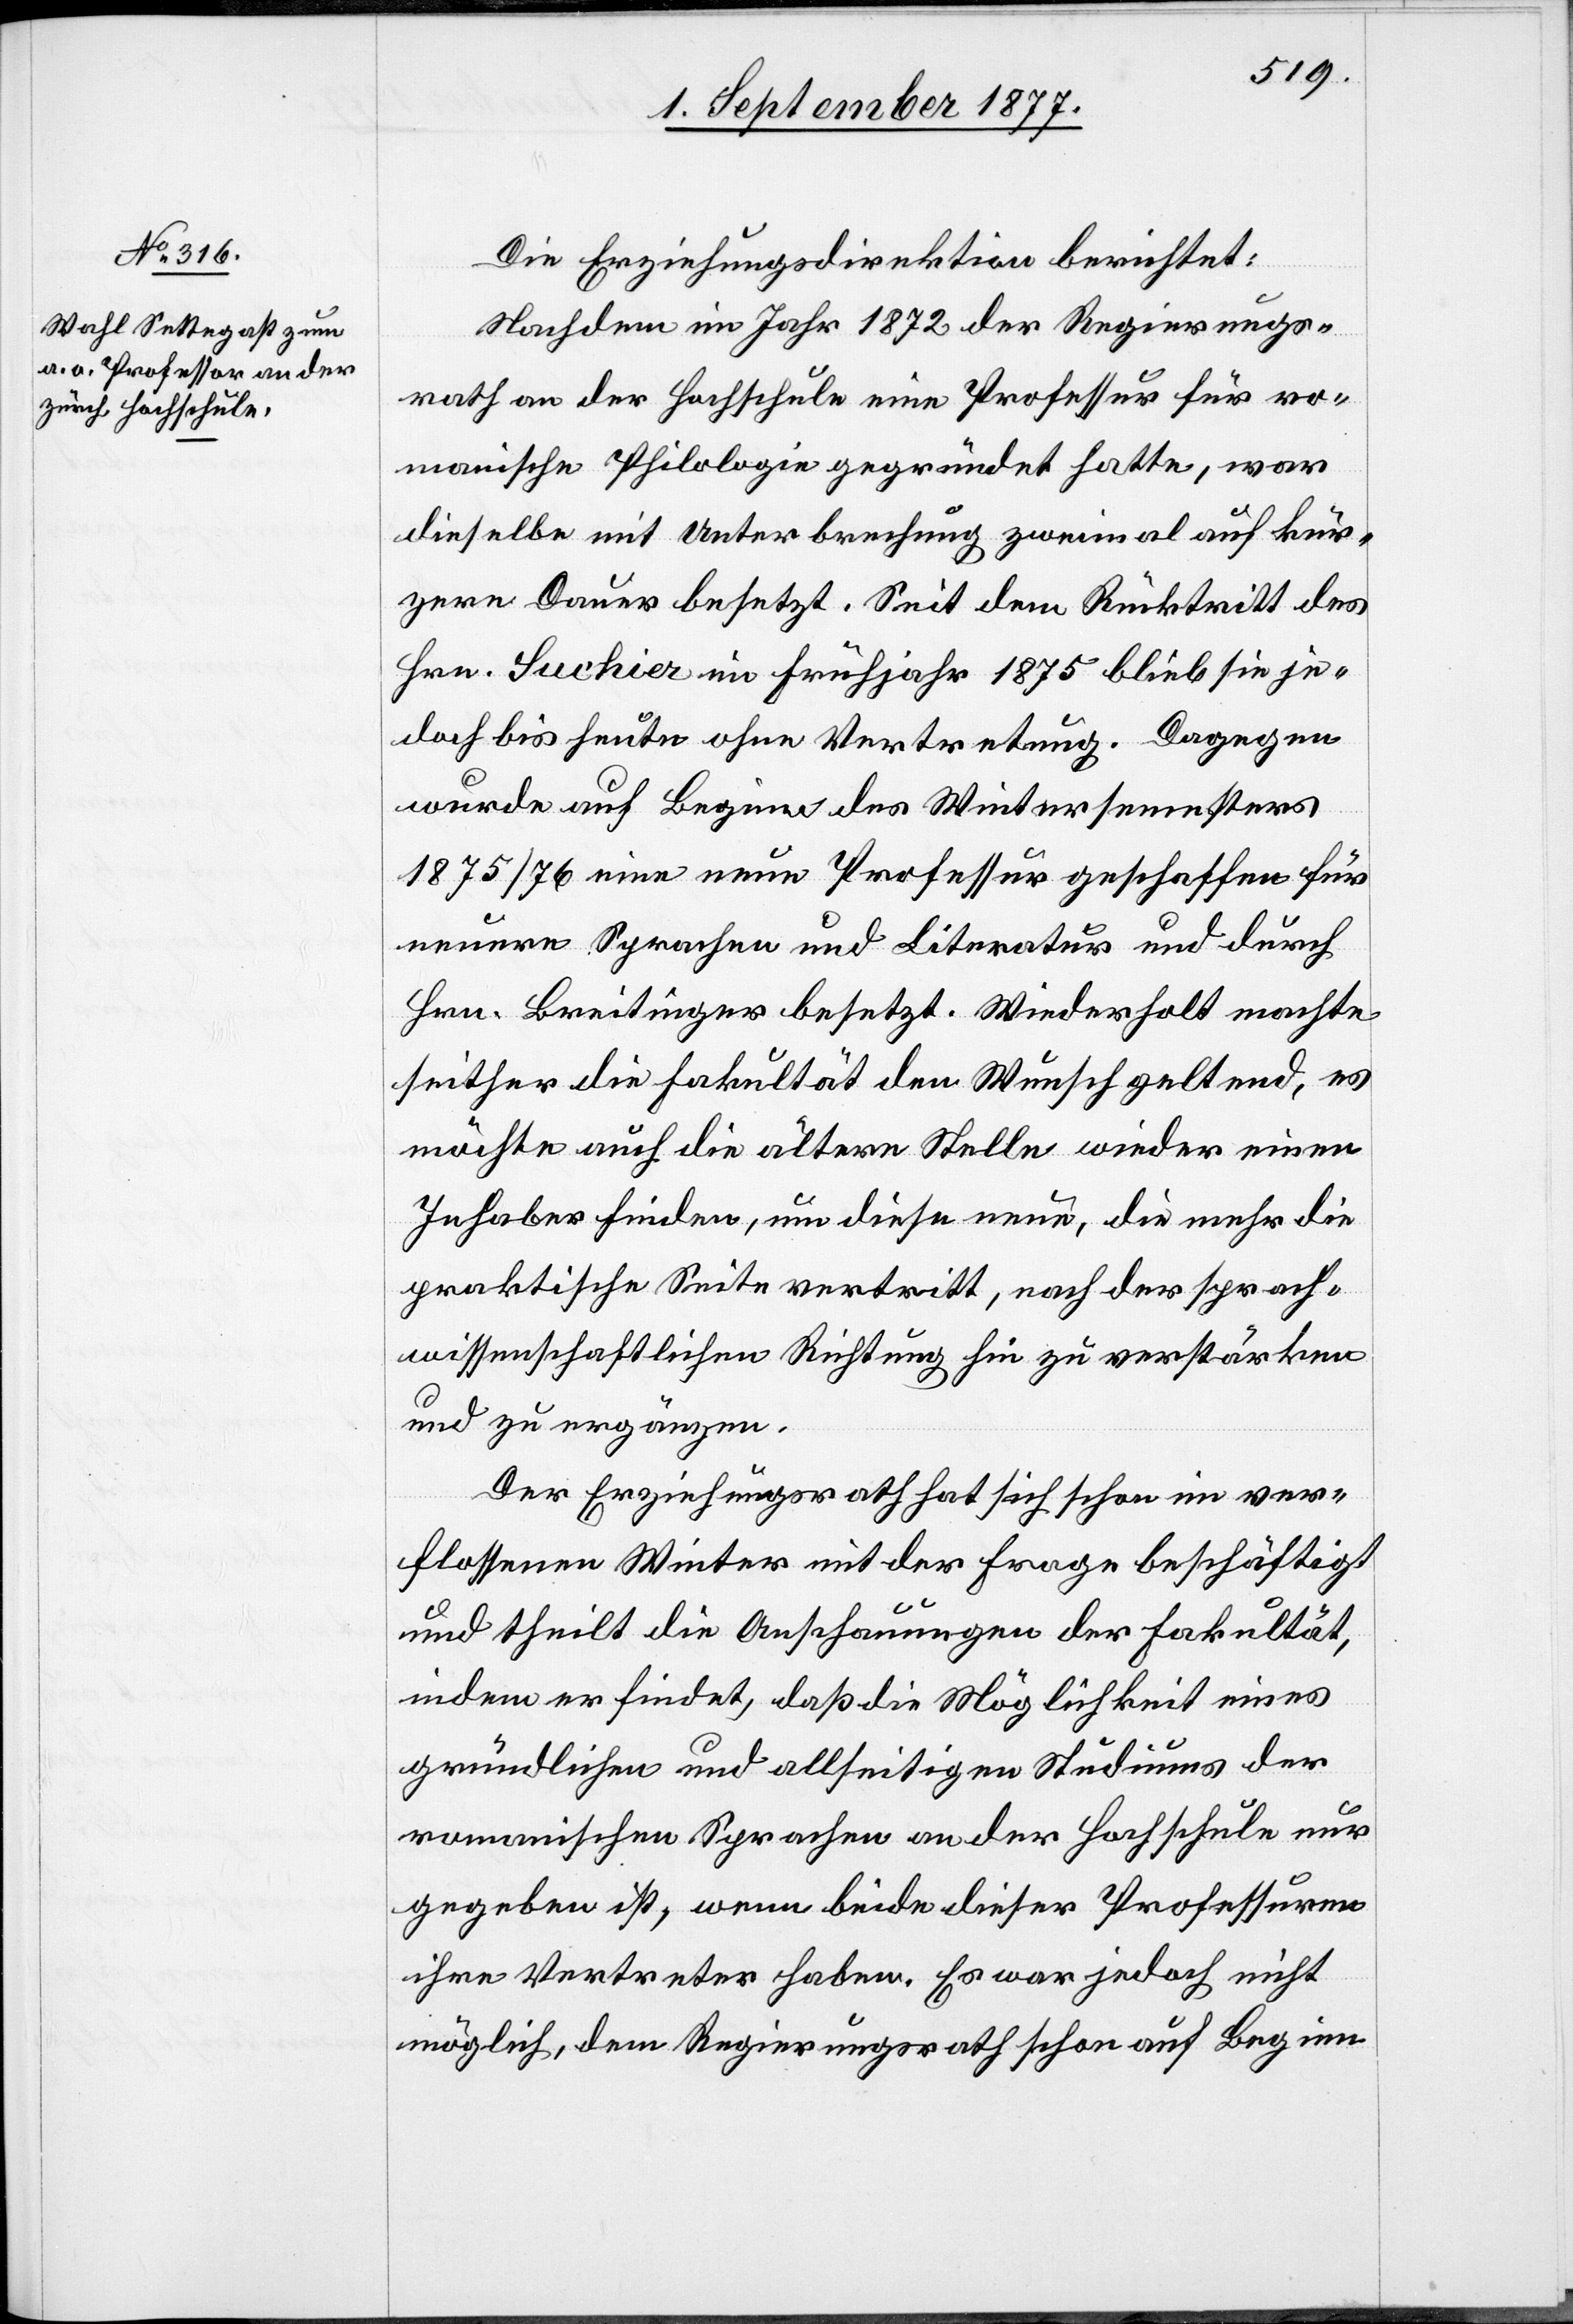
Die Erziehungsdirektion berichtet:
Nachdem im Jahr 1872 der Regierungs¬
rath an der Hochschule eine Professur für ro¬
manische Philologie gegründet hatte, war
dieselbe mit Unterbrechung zweimal auf kür¬
zere Dauer besetzt. Seit dem Rücktritt des
Hrn. Suchier im Frühjahr 1875 blieb sie je¬
doch bis heute ohne Vertretung. Dagegen
wurde auf Beginn des Wintersemesters
1875/76 eine neue Professur geschaffen für
neuere Sprachen und Literatur und durch
Hrn. Breitinger besetzt. Wiederholt machte
seither die Fakultät den Wunsch geltend, es
möchte auch die ältere Stelle wieder einen
Inhaber finden, um diese neue, die mehr die
praktische Seite vertritt, nach der sprach¬
wissenschaftlichen Richtung hin zu verstärken
und zu ergänzen.
Der Erziehungsrath hat sich schon im ver¬
flossenen Winter mit der Frage beschäftigt
und theilt die Anschauungen der Fakultät,
indem er findet, daß die Möglichkeit eines
gründlichen und allseitigen Studiums der
romanischen Sprachen an der Hochschule nur
gegeben ist, wenn beide dieser Professuren
ihre Vertreter haben. Es war jedoch nicht
möglich, dem Regierungsrath schon auf Beginn